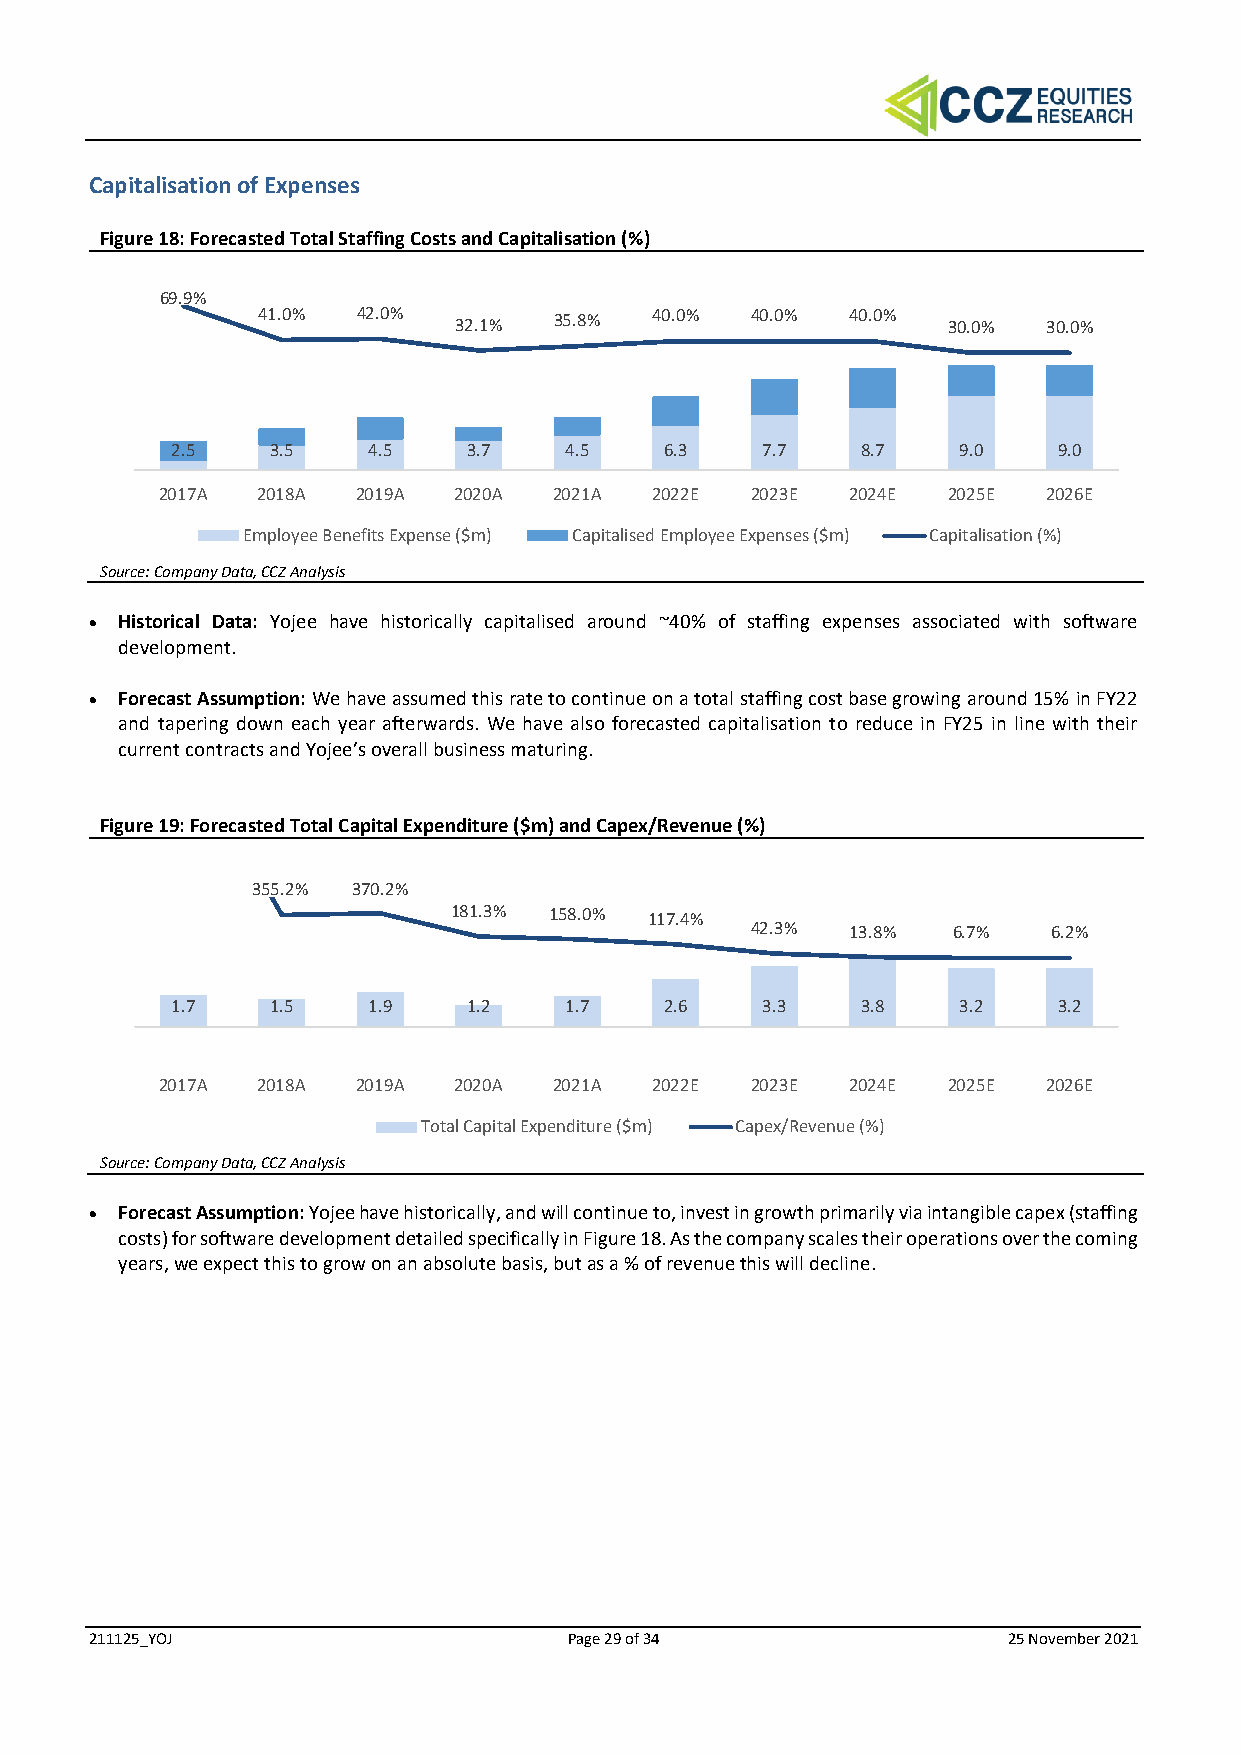
Capitalisation of Expenses
 Figure 18: Forecasted Total Staffing Costs and Capitalisation (%)
 69.9%
 41.0%  42.0% 32.1%  35.8% 40.0%  40.0% 40.0%  30.0% 30.0%
 2.5    3.5   4.5    3.7   4.5    6.3   7.7    8.7   9.0    9.0
 2017A 2018A  2019A 2020A  2021A 2022E  2023E 2024E  2025E 2026E
 Employee Benefits Expense ($m) Capitalised Employee Expenses ($m) Capitalisation (%)
 Source: Company Data, CCZ Analysis
 • Historical Data: Yojee have historically capitalised around ~40% of staffing expenses associated with software
 development.
 • Forecast Assumption: We have assumed this rate to continue on a total staffing cost base growing around 15% in FY22
 and tapering down each year afterwards. We have also forecasted capitalisation to reduce in FY25 in line with their
 current contracts and Yojee’s overall business maturing.
 Figure 19: Forecasted Total Capital Expenditure ($m) and Capex/Revenue (%)
 355.2% 370.2%
 181.3% 158.0% 117.4%
 42.3% 13.8%  6.7%   6.2%
 1.7    1.5   1.9    1.2   1.7    2.6   3.3    3.8   3.2    3.2
 2017A 2018A  2019A 2020A  2021A 2022E  2023E 2024E  2025E 2026E
 Total Capital Expenditure ($m) Capex/Revenue (%)
 Source: Company Data, CCZ Analysis
 • Forecast Assumption: Yojee have historically, and will continue to, invest in growth primarily via intangible capex (staffing
 costs) for software development detailed specifically in Figure 18. As the company scales their operations over the coming
 years, we expect this to grow on an absolute basis, but as a % of revenue this will decline.
 211125_YOJ                      Page 29 of 34                25 November 2021